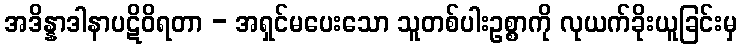
အဒိန္နာဒါနာပဋိဝိရတာ - အရှင်မပေးသော သူတစ်ပါးဥစ္စာကို လုယက်ခိုးယူခြင်းမှ